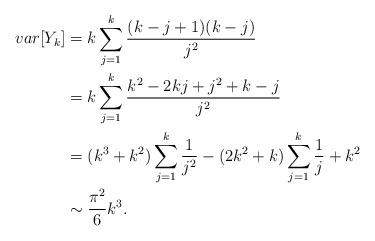
LaTeX: \begin{align*}var[Y_k] & = k\sum_{j=1}^k \frac{(k-j+1)(k-j)}{j^2}\\& =k \sum_{j=1}^k \frac{k^2-2kj+j^2+k-j}{j^2}\\& = (k^3+k^2)\sum_{j=1}^k \frac{1}{j^2} -(2k^2 +k)\sum_{j=1}^k \frac{1}{j} +k^2\\& \sim \frac{\pi^2}{6} k^3.\end{align*}